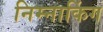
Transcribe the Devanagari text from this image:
निम्नाकिंग